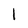
Character: I